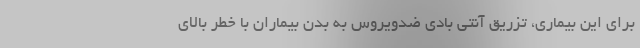
برای این بیماری، تزریق آنتی بادی ضدویروس به بدن بیماران با خطر بالای